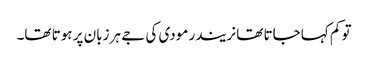
تو کم کہا جاتا تھا نریندر مودی کی جے ہر زبان پر ہوتا تھا۔